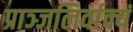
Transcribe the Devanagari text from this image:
प्राञ्जलिर्वाक्यं